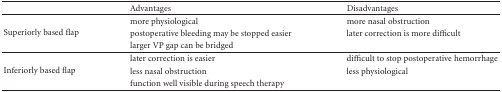
<table><thead><tr><td></td><td><b>Advantages</b></td><td><b>Disadvantages</b></td></tr></thead><tbody><tr><td rowspan="3">Superiorly based flap</td><td>more physiological</td><td>more nasal obstruction</td></tr><tr><td>postoperative bleeding may be stopped easier</td><td>later correction is more difficult</td></tr><tr><td>larger VP gap can be bridged</td><td></td></tr><tr><td rowspan="3">Inferiorly based flap</td><td>later correction is easier</td><td>difficult to stop postoperative hemorrhage</td></tr><tr><td>less nasal obstruction</td><td>less physiological</td></tr><tr><td>function well visible during speech therapy</td><td></td></tr></tbody></table>